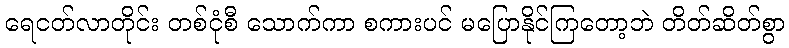
ရေငတ်လာတိုင်း တစ်ငုံစီ သောက်ကာ စကားပင် မပြောနိုင်ကြတော့ဘဲ တိတ်ဆိတ်စွာ